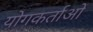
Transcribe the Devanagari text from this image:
योगकर्ताओं